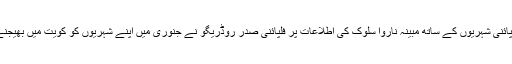
واضح رہے کہ کویت میں فلپائنی شہریوں کے ساتھ مبینہ ناروا سلوک کی اطلاعات پر فلپائنی صدر روڈریگو نے جنوری میں اپنے شہریوں کو کویت میں بھیجنے پر پابندی عاید کردی تھی۔